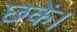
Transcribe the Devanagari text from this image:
छकें।